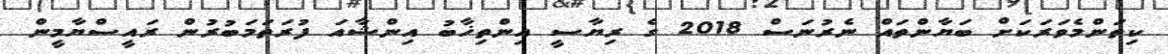
ކިތަންމެވަރަކަށް ބަޔާންތައް ނެރުނަސް 2018 ގެ ރިޔާސީ އިންތިޚާބު އިންޝާއަ ފުރަތަމަބުރުން ރައީސްޔާމީން